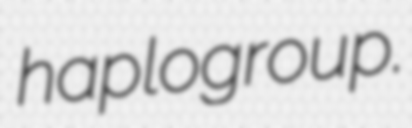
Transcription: haplogroup.